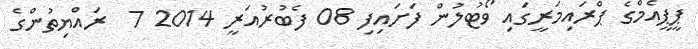
ޕީޕީއެމްގެ ޕްރައިމަރީގައި ވޯޓުލުން ފަށައިފި 08 ފެބުރުއަރީ 2014 7  ރައްޔިތުންގެ